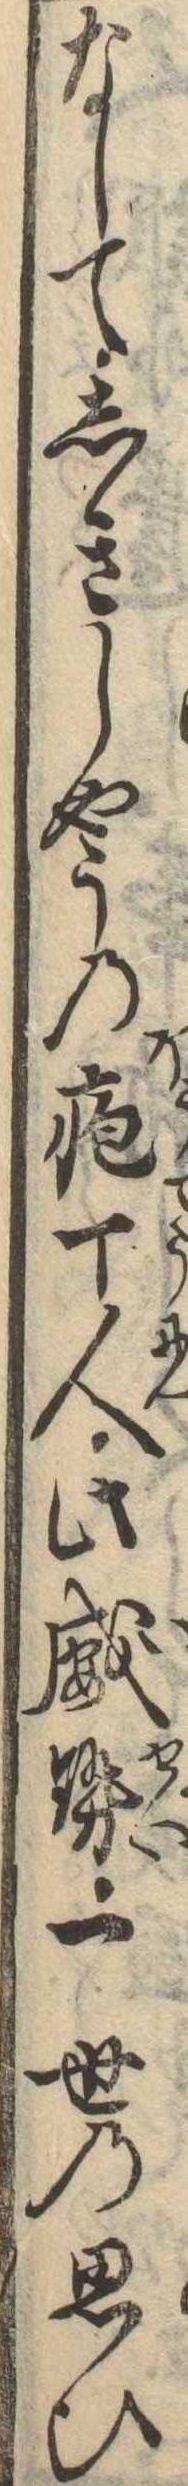
なしてしきしやうの疱丁人此威勢一世の思ひ